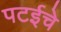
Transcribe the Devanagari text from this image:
पटईचे